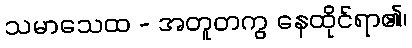
သမာသေထ - အတူတကွ နေထိုင်ရာ၏၊